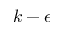
k - \epsilon